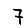
Digit: 7